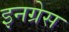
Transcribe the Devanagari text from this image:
इनग्रेस